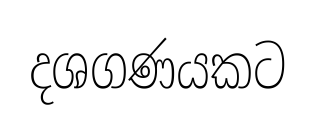
දශගණයකට